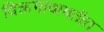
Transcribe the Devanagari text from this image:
विक्रमाबाबतीत